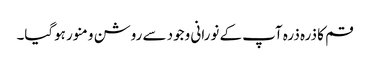
قم کا ذرہ ذرہ آپ کے نورانی وجود سے روشن و منور ہوگیا۔